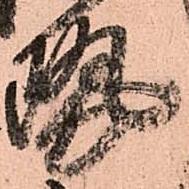
勢